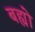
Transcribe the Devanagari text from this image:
बह्यो